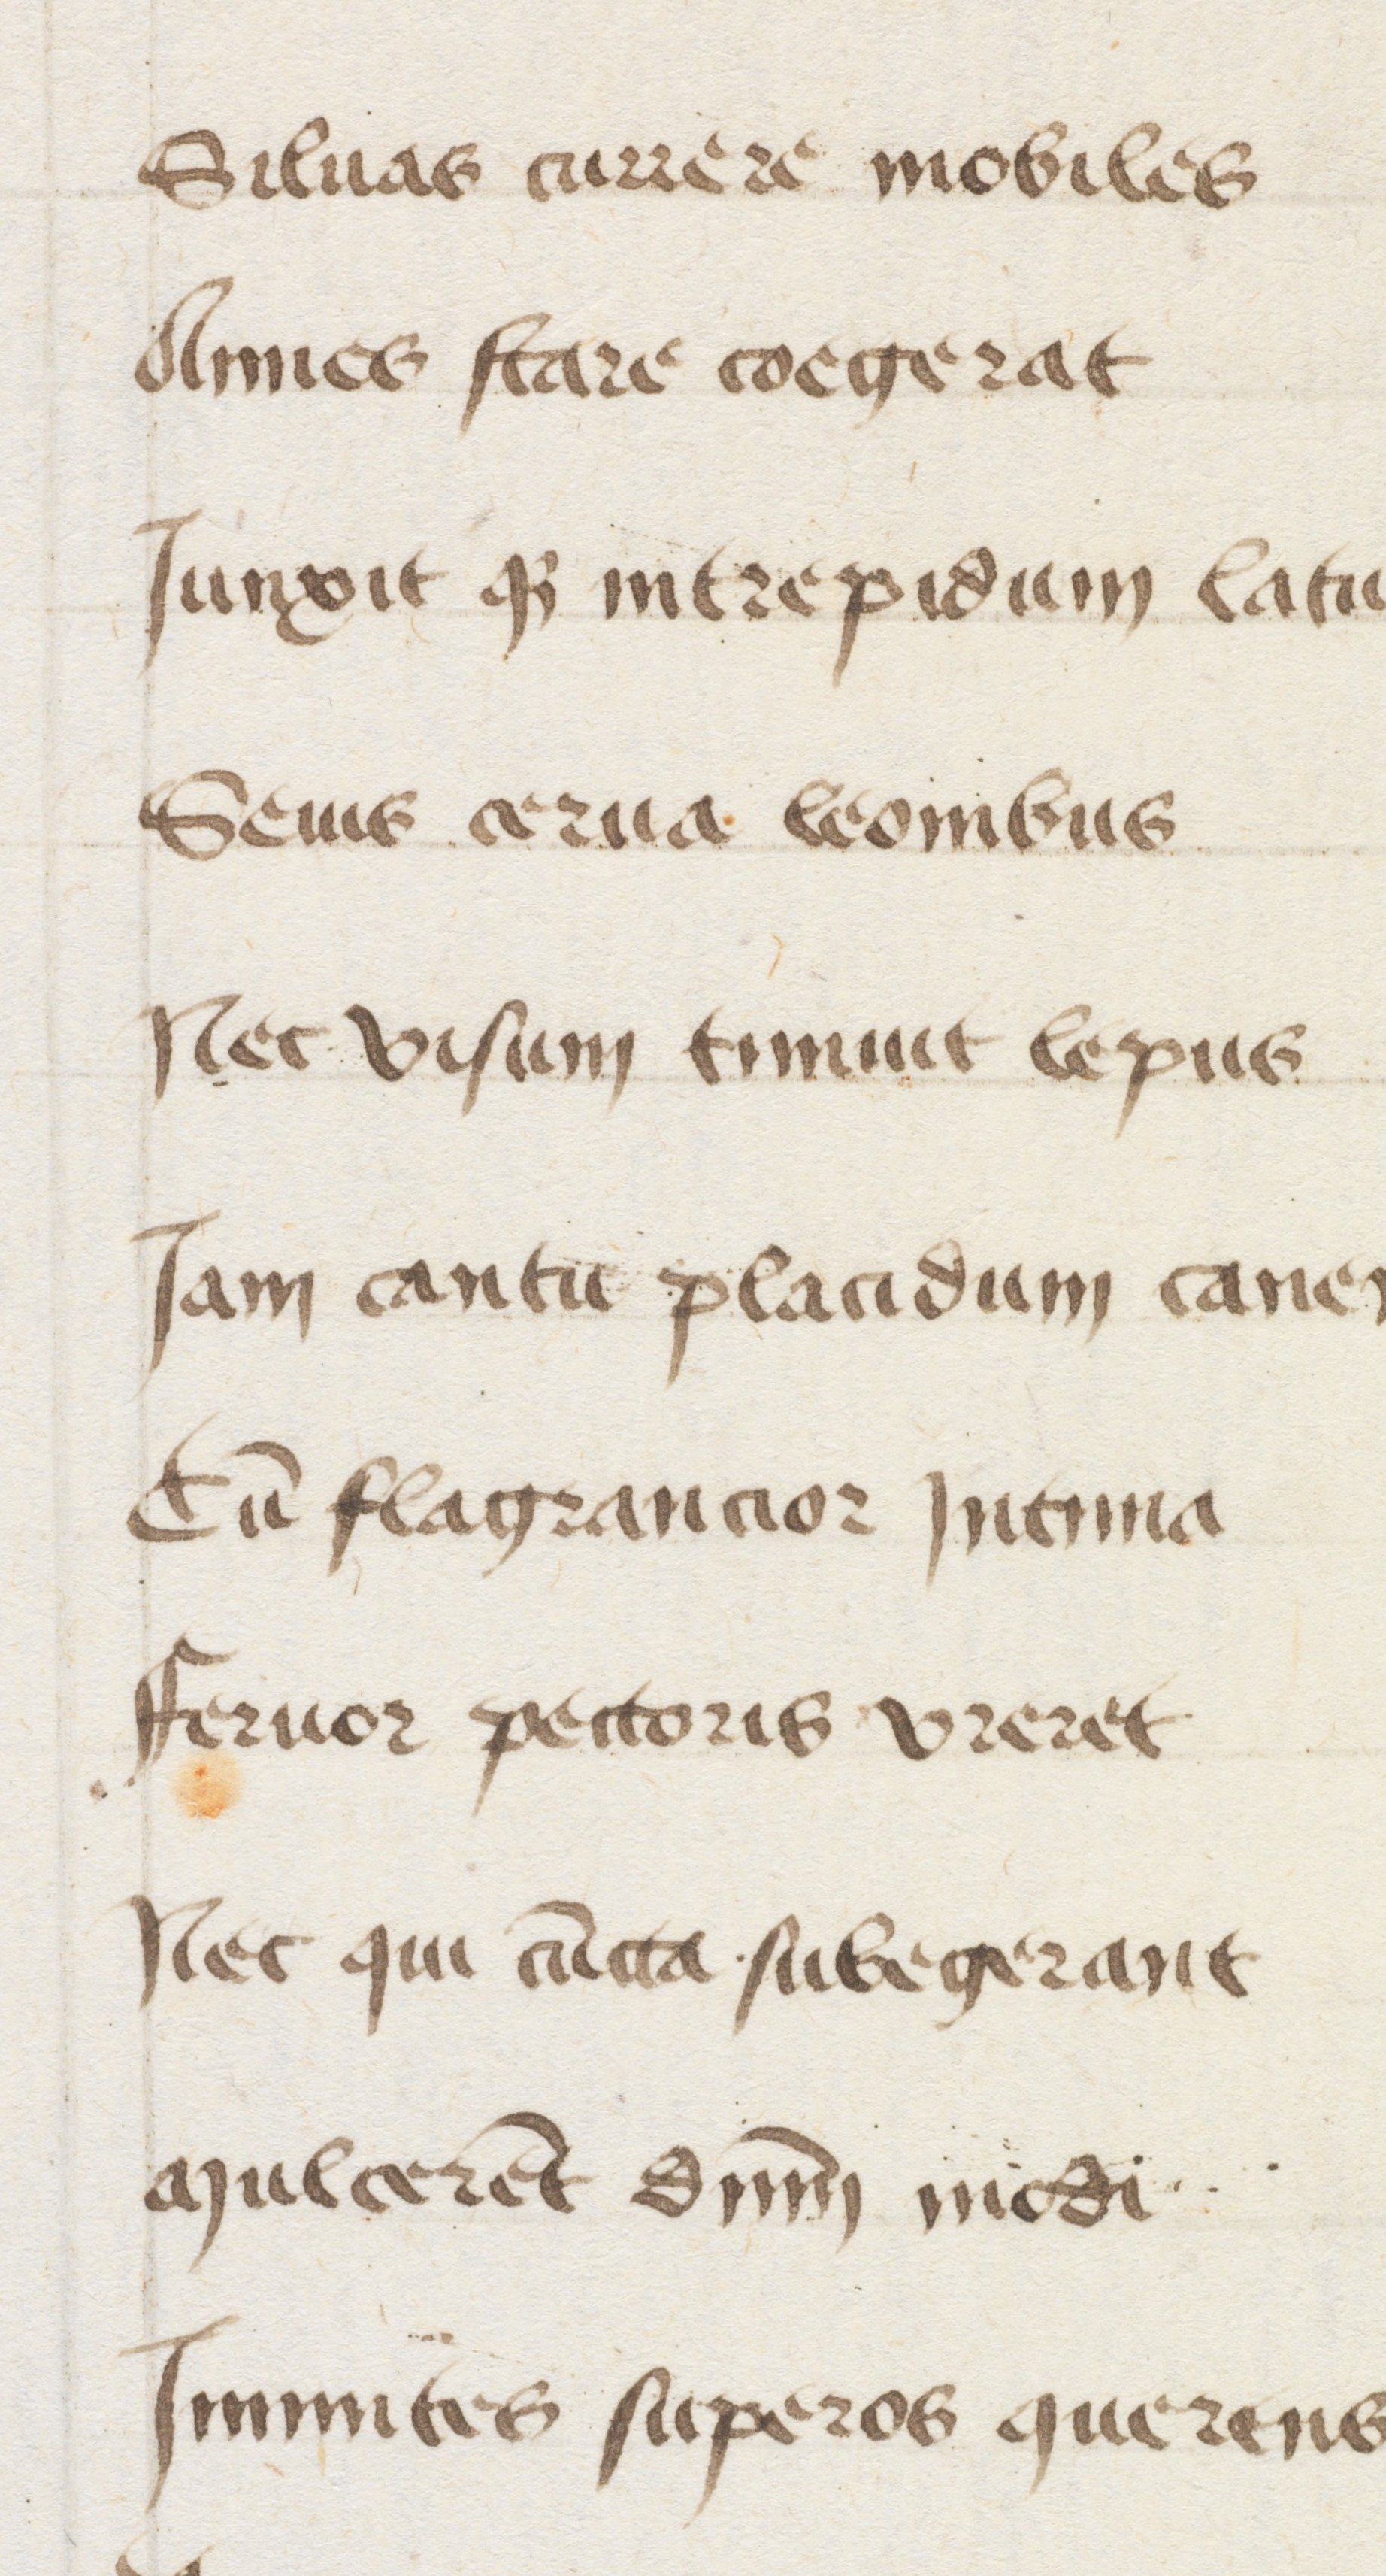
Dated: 1447–1447